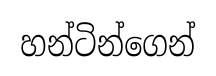
හන්ටින්ගෙන්